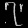
Digit: ၇